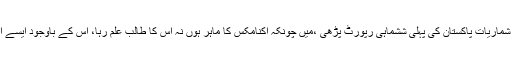
گزشتہ دنوںموبائل فونز کی برآمدات کے حوالے سے ادارہ برائے شماریات پاکستان کی پہلی ششماہی رپورٹ پڑھی ،میں چونکہ اکنامکس کا ماہر ہوں نہ اس کا طالب علم رہا، اس کے باوجود ایسے اہم موضو عات کو پڑھنے اور سمجھنے کی کوشش کرتا رہتا ہوں۔